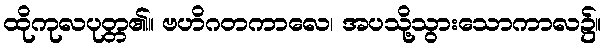
ထိုကုလပုတ္တ၏။ ဗဟိဂတကာလေ၊ အပသို့သွားသောကာလ၌။